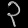
Digit: ၃